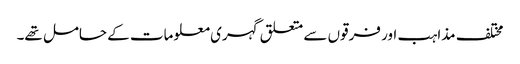
مختلف مذاہب اور فرقوں سے متعلق گہری معلومات کے حامل تھے۔